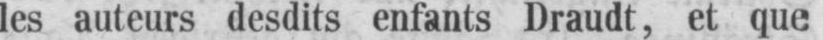
les auteurs desdits enfants Draudt, et que